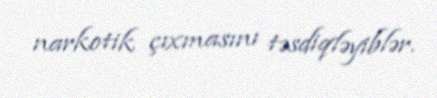
narkotik çıxmasını təsdiqləyiblər.